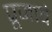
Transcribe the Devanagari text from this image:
पूजावे